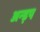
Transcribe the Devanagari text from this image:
अन्ड़प